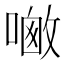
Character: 𪢀